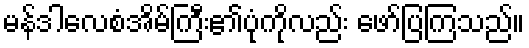
မန်ဒါလေစံအိမ်ကြီး၏ပုံကိုလည်း ဖော်ပြကြသည်။